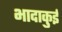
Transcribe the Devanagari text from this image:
भादाकुई